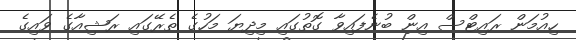
ހިއުމަން ރައިޓްސް އިން ބުނެފައިވާ ގޮތުގައި މިދިޔަ މަހުގެ ތެރޭގައި ރަޝިއާގެ ވައިގެ